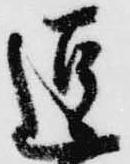
逗